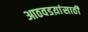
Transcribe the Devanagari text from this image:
आठवडय़ांसाठी